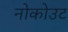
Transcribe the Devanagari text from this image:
नोकोउट